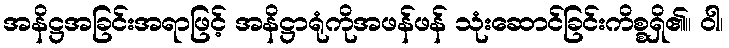
အနိဋ္ဌအခြင်းအရာဖြင့် အနိဋ္ဌာရုံကိုအဖန်ဖန် သုံးဆောင်ခြင်းကိစ္စရှိ၏။ ဝါ၊